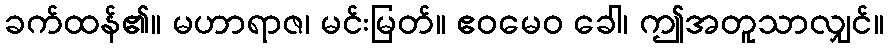
ခက်ထန်၏။ မဟာရာဇ၊ မင်းမြတ်။ ဧဝမေဝ ခေါ၊ ဤအတူသာလျှင်။